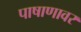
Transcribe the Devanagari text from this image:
पाषाणावर